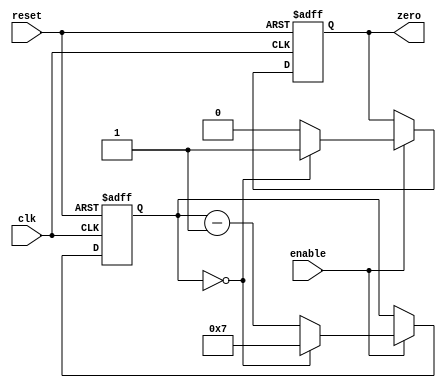
module ModuloDownCounter (
    input wire clk, // clock input
    input wire reset, // reset input
    input wire enable, // enable input
    output reg zero // output signal indicating counter reaching zero
);

reg [7:0] count; // 8-bit counter

always @ (posedge clk or posedge reset) begin
    if (reset) begin
        count <= 0; // reset counter
        zero <= 0; // clear zero signal
    end
    else if (enable) begin
        if (count == 0) begin
            count <= 7; // load modulo value N (in this case, N = 8)
            zero <= 1; // set zero signal
        end
        else begin
            count <= count - 1; // decrement counter
            zero <= 0; // clear zero signal
        end
    end
end

endmodule